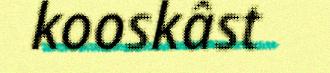
kooskâst